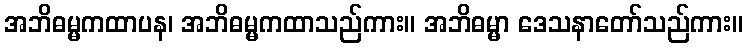
အဘိဓမ္မကထာပန၊ အဘိဓမ္မကထာသည်ကား။ အဘိဓမ္မာ ဒေသနာတော်သည်ကား။